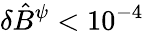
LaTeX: \delta\hat{B}^{\psi}<10^{-4}